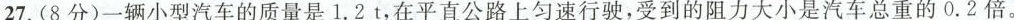
27.(8分)一辆小型汽车的质量是1.2t，在平直公路上匀速行驶，受到的阻力大小是汽车总重的0.2倍。